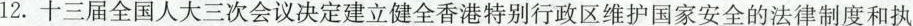
12.十三届全国人大三次会议决定建立健全香港特别行政区维护国家安全的法律制度和执